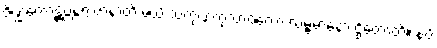
ဇိဏ္ဏကောဋ္ဌဗ္ဘန္တရံ ဇာနာတိ မယိ သကုဏကုလာဝကော လမ္ဗမာနော ဌိတောတိ။ နပိ